Report on enteric fever
Disease focus: Fever
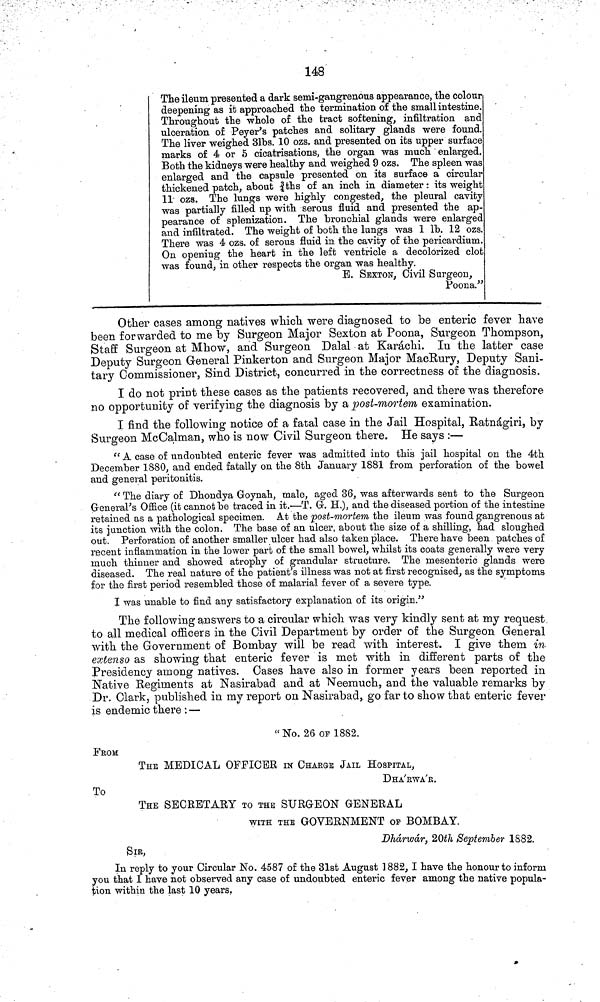
148
The ileum presented a dark semi-gangrenous appearance, the colour
deepening as it approached the termination of the small intestine.
Throughout the whole of the tract softening, infiltration and
ulceration of Peyer's patches and solitary glands were found.
The liver weighed 31bs. 10 ozs. and presented on its upper surface
marks of 4 or 5 cicatrisations, the organ was much enlarged.
Both the kidneys were healthy and weighed 9 ozs. The spleen was
enlarged and the capsule presented on its surface a circular
thickened patch, about ¾ths of an inch in diameter: its weight
11 ozs. The lungs were highly congested, the pleural cavity
was partially filled up with serous fluid and presented the ap-
pearance of splenization. The bronchial glands were enlarged
and infiltrated. The weight of both the lungs was 1 lb. 12 ozs.
There was 4 ozs. of serous fluid in the cavity of the pericardium.
On opening the heart in the left ventricle a decolorized clot
was found, in other respects the organ was healthy.
E. SEXTON, Civil Surgeon,
Poona."
Other cases among natives which were diagnosed to be enteric fever have
been forwarded to me by Surgeon Major Sexton at Poona, Surgeon Thompson,
Staff Surgeon at Mhow, and Surgeon Dalai at Karachi. In the latter case
Deputy Surgeon General Pinkerton and Surgeon Major MacRury, Deputy Sani-
tary Commissioner, Sind District, concurred in the correctness of the diagnosis.
I do not print these cases as the patients recovered, and there was therefore
no opportunity of verifying the diagnosis by a post-mortem examination.
I find the following notice of a fatal case in the Jail Hospital, Ratnágiri, by
Surgeon McCalman, who is now Civil Surgeon there. He says :—
" A case of undoubted enteric fever was admitted into this jail hospital on the 4th
December 1880, and ended fatally on the 8th January 1881 from perforation of the bowel
and general peritonitis.
" The diary of Dhondya Goynah, male, aged 36, was afterwards sent to the Surgeon
General's Office (it cannot be traced in it.—T. G. H.), and the diseased portion of the intestine
retained as a pathological specimen. At the post-mortem the ileum was found gangrenous at
its junction with the colon. The base of an ulcer, about the size of a shilling, had sloughed
out. Perforation of another smaller ulcer had also taken place. There have been patches of
recent inflammation in the lower part of the small bowel, whilst its coats generally were very
much thinner and showed atrophy of grandular structure. The mesenteric glands were
diseased. The real nature of the patient's illness was not at first recognised, as the symptoms
for the first period resembled those of malarial fever of a severe type.
I was unable to find any satisfactory explanation of its origin."
The following answers to a circular which was very kindly sent at my request
to all medical officers in the Civil Department by order of the Surgeon General
with the Government of Bombay will be read with interest. I give them in
extenso as showing that enteric fever is met with in different parts of the
Presidency among natives. Cases have also in former years been reported in
Native Kegirnents at Nasirabad and at Neemuch, and the valuable remarks by
Dr. Clark, published in my report on Nasirabad, go far to show that enteric fever
is endemic there : —
" No. 26 Of 1882.
FROM
THE MEDICAL OFFICER IN CHARGE JAIL HOSPITAL,
DHA'KWA'K.
To
THE SECRETARY TO THE SURGEON GENERAL
WITH THE GOVERNMENT OP BOMBAY.
Dhárwár, 20th September 1S82
SIr,
In reply to your Circular No. 4587 of the 31st August 1882, I have the honour to inform
you that I have not observed any case of undoubted enteric fever among the native popula-
tion within the last 10 years.